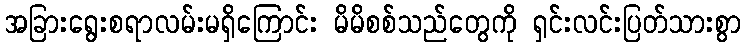
အခြားရွေးစရာလမ်းမရှိကြောင်း မိမိစစ်သည်တွေကို ရှင်းလင်းပြတ်သားစွာ